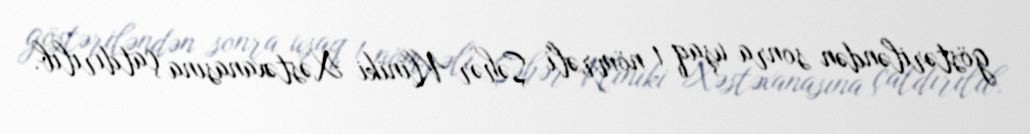
göstəriləndən sonra uşaq 1 nömrəli Şəhər Kliniki Xəstəxanasına çatdırılıb.